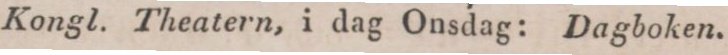
Kongl. Theatern, i dag Onsdag: Dagboken. Preciosa. 6 ½ c. m.